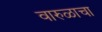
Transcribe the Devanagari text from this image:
वारुळाचा